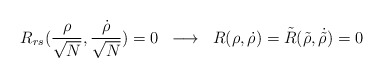
\begin{align*}R_{rs} ( \frac{\rho}{\sqrt N} , \frac{\dot{\rho}}{\sqrt N} ) = 0 \; \; \longrightarrow \; \; R(\rho , \dot{\rho} ) = \tilde{R}(\tilde{\rho} , \dot{\tilde{\rho}} ) = 0 \end{align*}